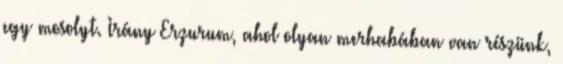
egy mosolyt. Irány Erzurum, ahol olyan merhabában van részünk,